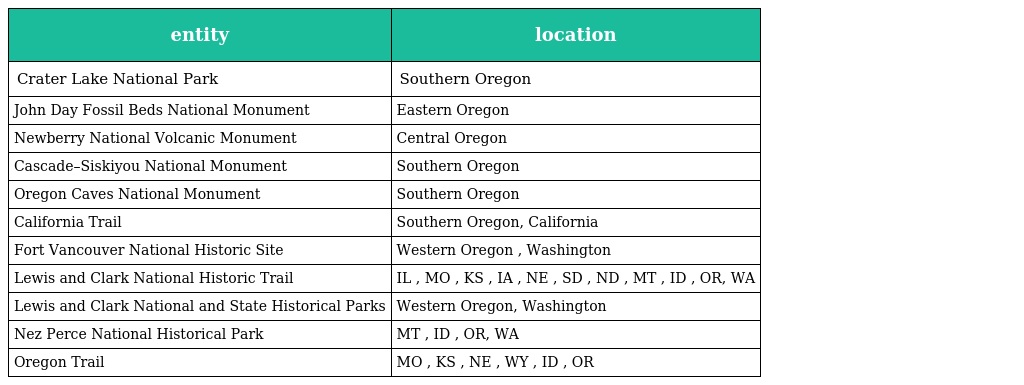
| entity | location |
 | --- | --- |
 | Crater Lake National Park | Southern Oregon |
 | John Day Fossil Beds National Monument | Eastern Oregon |
 | Newberry National Volcanic Monument | Central Oregon |
 | Cascade–Siskiyou National Monument | Southern Oregon |
 | Oregon Caves National Monument | Southern Oregon |
 | California Trail | Southern Oregon, California |
 | Fort Vancouver National Historic Site | Western Oregon , Washington |
 | Lewis and Clark National Historic Trail | IL , MO , KS , IA , NE , SD , ND , MT , ID , OR, WA |
 | Lewis and Clark National and State Historical Parks | Western Oregon, Washington |
 | Nez Perce National Historical Park | MT , ID , OR, WA |
 | Oregon Trail | MO , KS , NE , WY , ID , OR |